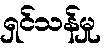
ရှင်သန်မှု